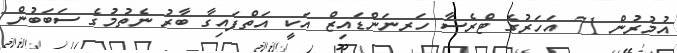
އުމުރުން 71 އަހަރުގެ ޓްރެސާ ހަރނަންޑައިޒް އަކީ އަތްފައިގާ ބާރު ނެތުމުގެ ސަބަބުން